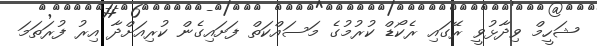
ޝަހީމް ވިދާޅުވީ ރޭގައި ރެކޯޑް ކުރުމުގެ މަސައްކަތް ފަށައިގެން ކުރިއަށްދާ އިރު ފުރަތަމަ